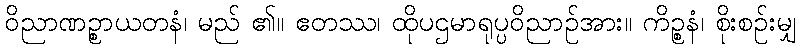
ဝိညာဏဉ္စာယတနံ၊ မည် ၏။ ဧတဿ၊ ထိုပဌမာရုပ္ပဝိညာဉ်အား။ ကိဉ္စနံ၊ စိုးစဉ်းမျှ